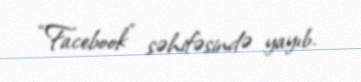
“Facebook” səhifəsində yayıb.